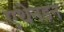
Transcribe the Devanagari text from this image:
एथेनडन